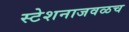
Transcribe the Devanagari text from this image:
स्टेशनाजवळच